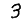
Digit: 3